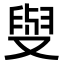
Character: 𠭭